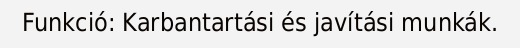
Funkció: Karbantartási és javítási munkák.